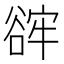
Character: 䜮